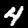
Digit: 4